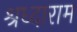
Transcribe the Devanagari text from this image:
श्रध्दाराम